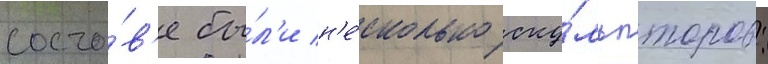
соста́в'е бы́л'и н'е́сколько ску́льпторов: